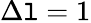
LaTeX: \Delta\mathtt{l}=1